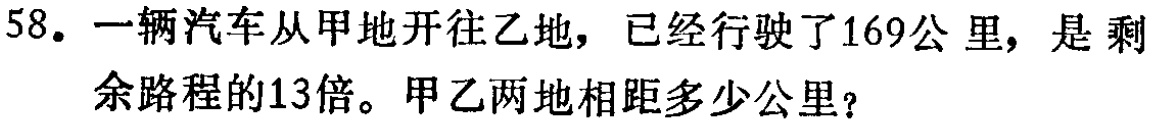
58. 一辆汽车从甲地开往乙地，已经行驶了169公里，是剩余路程的13倍。甲乙两地相距多少公里？